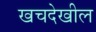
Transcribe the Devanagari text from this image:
खचदेखील